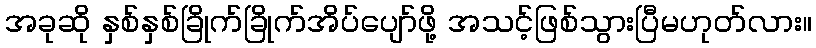
အခုဆို နှစ်နှစ်ခြိုက်ခြိုက်အိပ်ပျော်ဖို့ အသင့်ဖြစ်သွားပြီမဟုတ်လား။